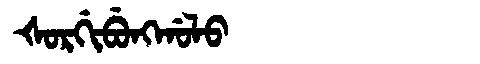
Manchu: ᡧᠣᡵᡤᡳᠪᡠᠩᡤᠣᠯᠣ
Romanization: ŠORGIBUNGGOLO